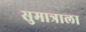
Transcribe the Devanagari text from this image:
सुमात्राला